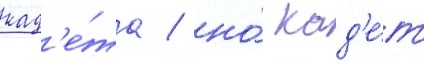
кад'е́та / но́ кад'е́т